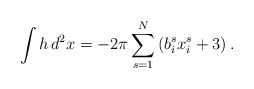
\begin{align*}\int h \, d^{2}x=-2\pi\sum_{s=1}^{N}\left( b_{i}^{s}x_{i}^{s}+3 \right).\end{align*}